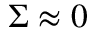
\Sigma \approx 0